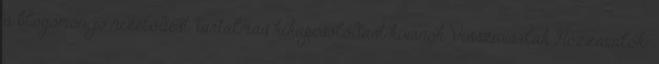
a blogomon, jó nézelődést, tartalmas kikapcsolódást kívánok Visszavárlak Hozzávalók: